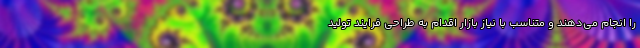
را انجام می‌دهند و متناسب با نیاز بازار اقدام به طراحی فرایند تولید